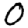
Digit: 0